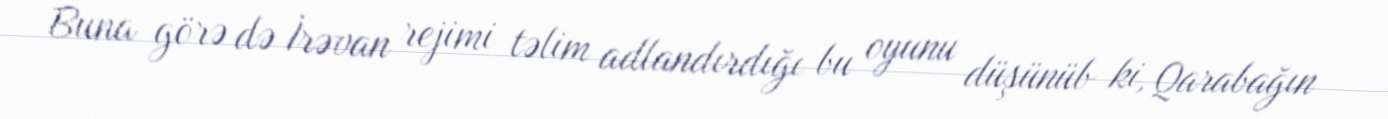
Buna görə də İrəvan rejimi təlim adlandırdığı bu oyunu düşünüb ki, Qarabağın